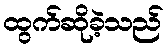
ထွက်ဆိုခဲ့သည်